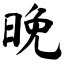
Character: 晚